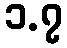
၁.၇